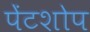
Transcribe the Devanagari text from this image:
पेंटशोप